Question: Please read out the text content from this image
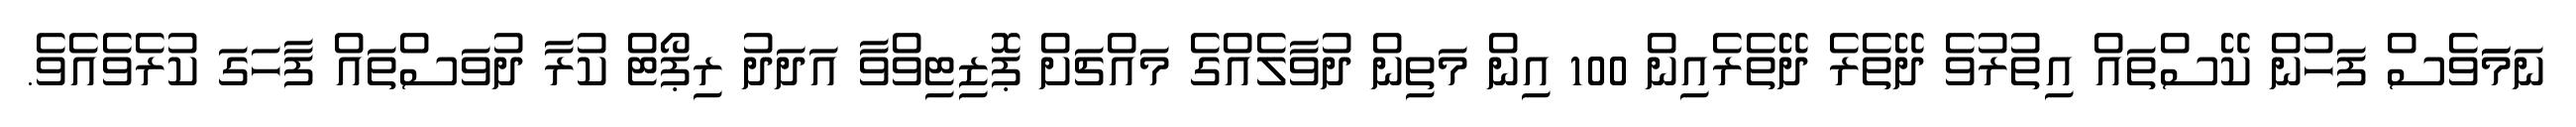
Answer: ނަމަަވެސް ފަހުން ކޭސްތައް އިތުރުވެ ދޭތެރެ ދޭތެރެއިން 100 އިން މަތިން ދުވާލެއްގެ މައްޗަށް ޕޮޒިޓިވްވާ އަދަދު ރިޕޯޓް ކުރާ ދުވަސްތައް ފާހަގަ ކުރެވެއެވެ.